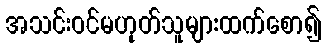
အသင်းဝင်မဟုတ်သူများထက်စော၍